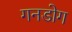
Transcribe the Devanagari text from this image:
गनडोग